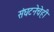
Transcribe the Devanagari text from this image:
संघटनेचेही